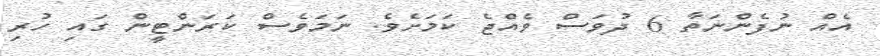
އެއް ނުފެންނަތާ 6 ދުވަސް ވެއްޖެ ކަމަށެވެ. ނަމަވެސް ކަރަންޓީން ގައި ހުރި